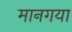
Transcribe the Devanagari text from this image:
मानगया